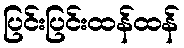
ပြင်းပြင်းထန်ထန်